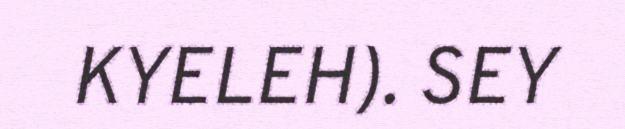
KYELEH). SEY